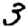
Digit: 3